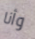
وأنا